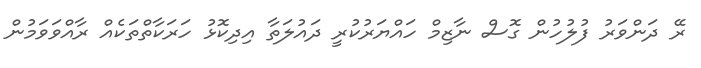
ރޭ ދަންވަރު ފުލުހުން ގޮސް ނާޒިމް ހައްޔަރުކުރީ ދައުލަތާ އިދިކޮޅު ހަރަކާތްތަކެއް ރާއްވަވަމުން